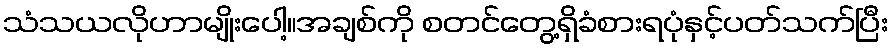
သံသယလိုဟာမျိုးပေါ့။အချစ်ကို စတင်တွေ့ရှိခံစားရပုံနှင့်ပတ်သက်ပြီး